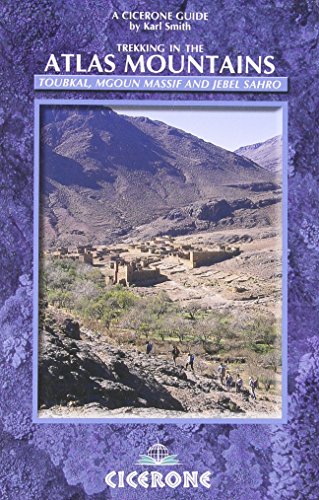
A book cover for The Atlas Mountains: A trekking guide (Cicerone Guides); Karl Smith; Travel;